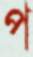
প